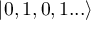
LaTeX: | 0 , 1 , 0 , 1 . . . \rangle